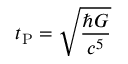
t _ { \mathrm { P } } = { \sqrt { \frac { \hbar G } { c ^ { 5 } } } }